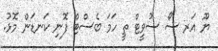
ޔޫ އަރ ސޯ ސުވީޓް ތީ ހަމަ ބެސްޓް ފޮނި ކަނޑަން މޮޅު.